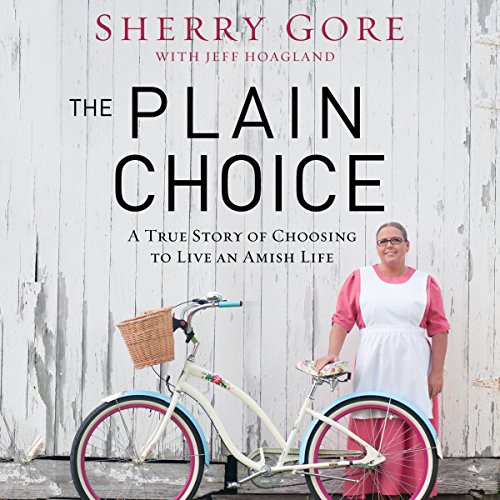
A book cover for The Plain Choice: A True Story of Choosing to Live an Amish Life; Sherry Gore; Christian Books & Bibles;